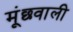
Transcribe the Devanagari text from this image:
मूंछवाली